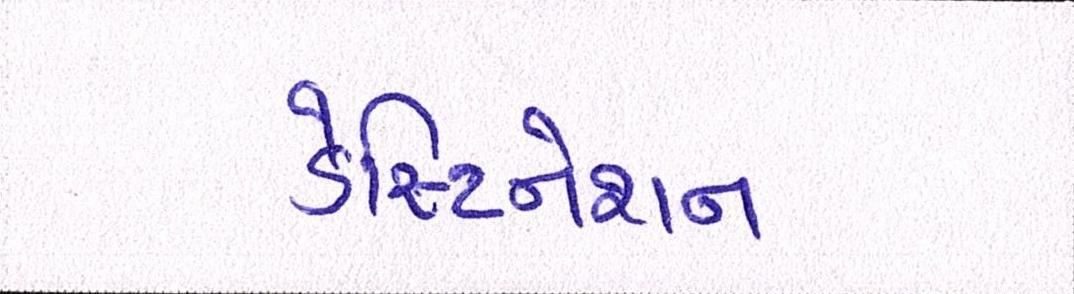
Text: ડેસ્ટિનેશન